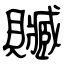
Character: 贓